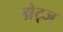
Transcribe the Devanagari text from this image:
ग्रेट्ज